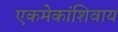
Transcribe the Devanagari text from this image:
एकमेकांशिवाय